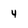
Character: 4